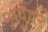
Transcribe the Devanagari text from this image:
अयेंगर